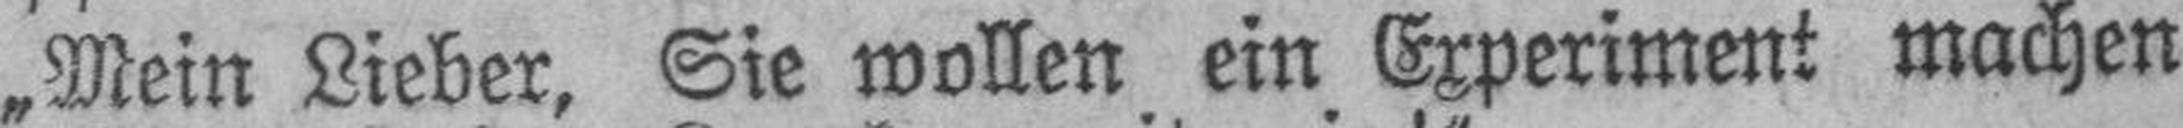
„Mein Lieber, Sie wollen ein Experiment machen